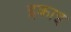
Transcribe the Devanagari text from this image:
इकाइ